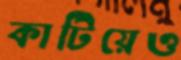
কাটিয়েও